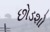
છોડશો